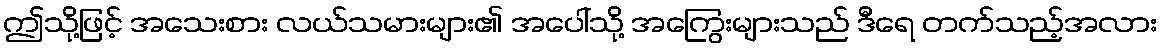
ဤသို့ဖြင့် အသေးစား လယ်သမားများ၏ အပေါ်သို့ အကြွေးများသည် ဒီရေ တက်သည့်အလား